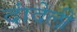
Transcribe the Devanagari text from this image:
दांदेली